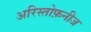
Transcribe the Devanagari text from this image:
अरिस्तोफ़नीज